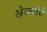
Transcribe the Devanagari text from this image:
खेळ्यांचे